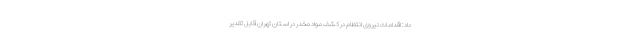
داد: اقدامات نیروی انتظام در کشف مواد مخدر در استان تهران قابل تقدیر